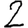
Digit: 2